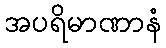
အပရိမာဏာနံ